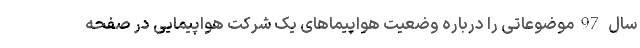
سال 97موضوعاتی را درباره وضعیت هواپیماهای یک شرکت هواپیمایی در صفحه